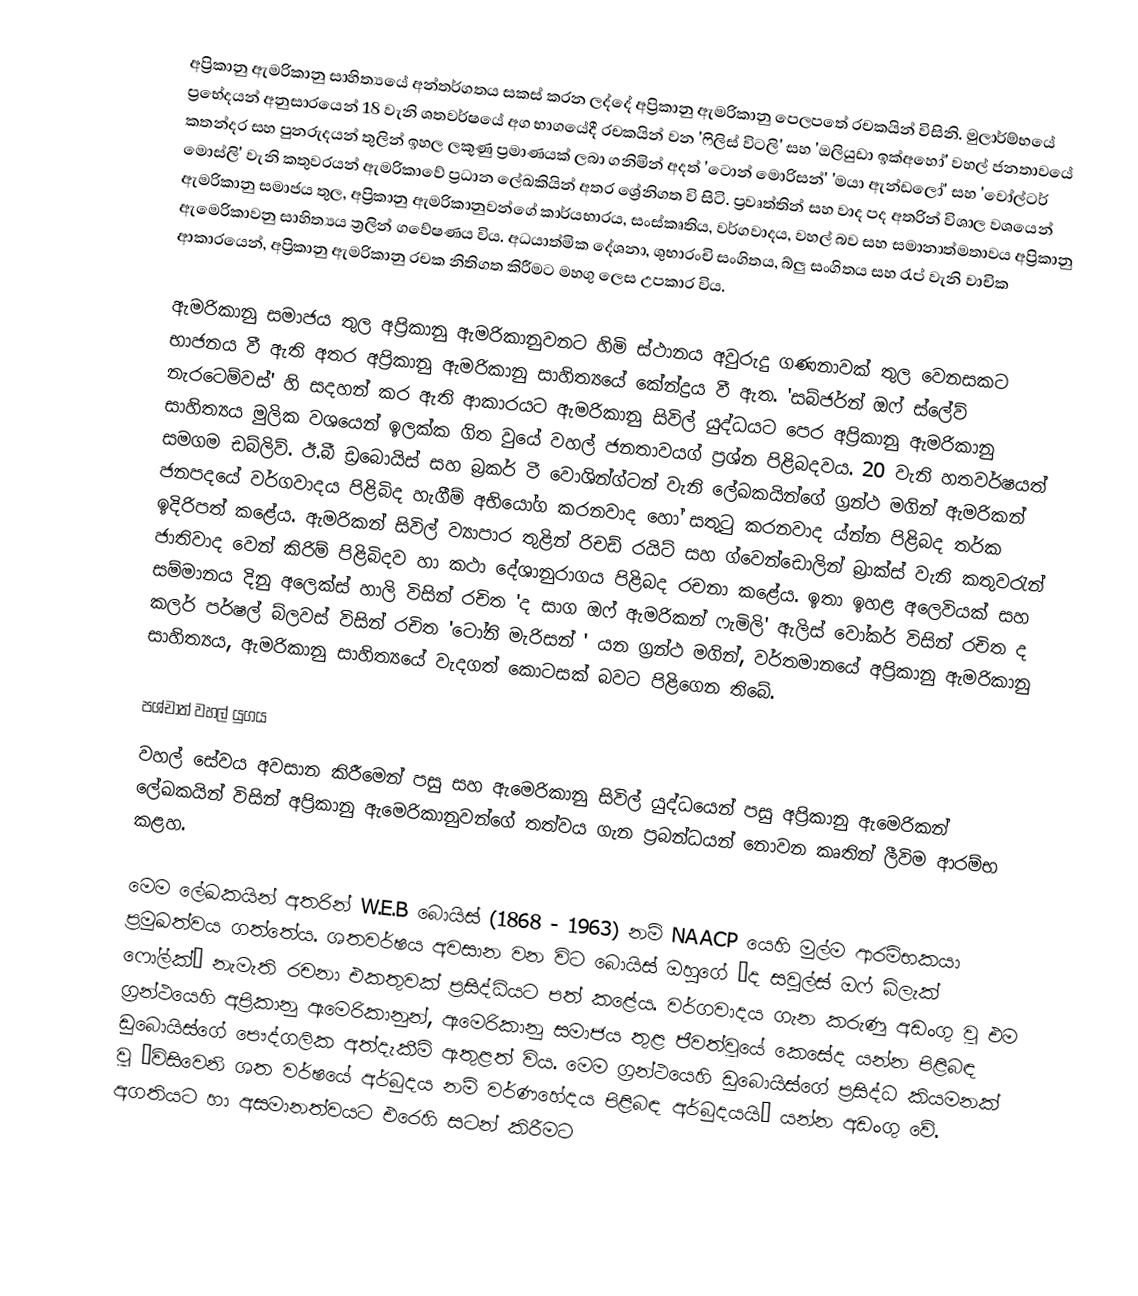
අප්‍රිකානු ඇමරිකානු සාහිත්‍යයේ අන්තර්ගතය සකස් කරන ලද්දේ අප්‍රිකානු ඇමරිකානු පෙලපතේ රචකයින් විසිනි. මුලාර්ම්භයේ ප්‍රභේදයන් අනුසාරයෙන් 18 වැනි ශතවර්ෂයේ අග භාගයේදී රචකයින් වන 'ෆිලිස්  විටලි' සහ 'ඔලියුඩා ඉක්අහෝ' වහල් ජනතාවයේ කතන්දර සහ පුනරුදයන් තුලින් ඉහල ලකුණු ප්‍රමාණයක් ලබා ගනිමින් අදත් 'ටොන් මොරිසන්' ‍'මයා ඇන්‍ඩලෝ' සහ ‍'වෝල්‍ටර් මොස්ලි' වැනි කතුවරයන් ඇමරිකාවේ ප්‍රධාන ලේඛකියින් අතර ශ්‍රේනිගත වි සිටි. ප්‍රවෘත්තින් සහ වාද පද අතරින් විශාල වශයෙන් ඇමරිකානු සමාජය තුල, අප්‍රිකානු ඇමරිකානුවන්ගේ කාර්යභාරය, සංස්කෘතිය, වර්ගවාදය, වහල් බව සහ සමානාත්මතාවය අප්‍රිකානු ඇමෙරිකාවනු සාහිත්‍යය ත්‍රලින් ගවේෂණය විය. අධයාත්මික දේශනා, ශුභාරංචි සංගිතය, බ්ලු සංගිතය සහ රැප් වැනි වාචික ආකාරයෙන්, අප්‍රිකානු ඇමරිකානු රචක නිතිගත කිරීමට මහගු ලෙස උපකාර විය.

	ඇමරිකානු සමාජය තුල අප්‍රිකානු ඇමරිකානුවනට හිමි ස්ථානය අවුරුදු ගණනාවක් තුල වෙනසකට භාජනය වී ඇති අතර අප්‍රිකානු ඇමරිකානු සාහිත්‍යයේ කේන්ද්‍රය වී ඇත. 'සබ්ජර්න් ඔෆ් ස්ලේව් නැරටෙම්වස්' හි සදහන් කර ඇති ආකාරයට ඇමරිකානු සිවිල් යුද්ධයට පෙර අප්‍රිකානු ඇමරි‍කානු සාහිත්‍යය මුලික වශයෙන් ඉලක්ක ගිත වුයේ වහල් ජනතාවයග් ප්‍රශ්න පිළිබදවය. 20 වැනි හතවර්ෂ‍යත් සමගම ඩබ්ලිව්. ඊ.බී ඩ්‍රබොයිස් සහ බ්‍රකර් ටී වොශින්ග්ටන් වැනි ලේඛකයින්ගේ  ග්‍රන්ථ මගින් ඇමරිකන් ජනපදයේ වර්ගවාදය පිළිබිද හැගීම් අභියෝග කරනවාද හෝ සතුටු කරනවාද ය්න්න පිළිබද තර්ක ඉදිරිපත් කළේය. ඇමරිකන් සිවිල් ව්‍යාපාර තුළින් රිචඩ් රයිට්  සහ ග්වෙන්ඩොලින් බ්‍රාක්ස් වැනි කතුවරැන් ජාතිවාද වෙන් කිරිම් පිළිබිදව හා කථා දේශානුරාගය පිළිබද රචනා කළේය. ඉතා ඉහළ අලෙවියක් සහ සම්මානය දිනු අලෙක්ස් හාලි විසින් රචිත 'ද සාග ඔෆ් ඇමරිකන් ෆැමිලි' ඇලිස් වෝකර් විසින් රචිත ද කලර් පර්ෂල් බ්ලවස් විසින් රචිත 'ටෝනි මැරිසන් ' යන ග්‍රන්ථ මගින්, වර්තමානයේ අප්‍රිකානු ඇමරිකානු සාහිත්‍යය, ඇමරිකානු සාහිත්‍යයේ වැදගත් කොටසක් බවට පිළිගෙන තිබේ.

පශ්චාත් වහල් යුගය
වහල් සේවය අවසාන කිරීමෙන් පසු සහ ඇමෙරිකානු සිවිල් යුද්ධයෙන් පසු අප්‍රිකානු ඇමෙරිකන් ලේඛකයින් විසින් අප්‍රිකානු ඇමෙරිකානුවන්ගේ තත්වය ගැන ප්‍රබන්ධයන් නොවන කෘතින් ලීවිම ආරම්භ කළහ.

මෙම ලේඛකයින් අතරින් W.E.B බොයිස් (1868 - 1963) නම් NAACP යෙහි මුල්ම ආරම්භකයා ප්‍රමුඛත්වය ගත්තේය. ශතවර්ෂය අවසාන වන විට බොයිස් ඔහුගේ ‘ද සවුල්ස් ඔෆ් බ්ලැක් ෆෝල්ක්’ නැමැති රචනා එකතුවක් ප්‍රසිද්ධියට පත් කළේය. වර්ගවාදය ගැන කරුණු අඩංගු වූ එම ග්‍රන්ථයෙහි අප්‍රිකානු ඇමෙරිකානුන්, ඇමෙරිකානු සමාජය තුළ ජීවත්වූයේ කෙසේද යන්න පිළිබඳ ඩුබොයිස්ගේ පෞද්ගලික අත්දැකීම් ඇතුළත් විය. මෙම ග්‍රන්ථයෙහි ඩුබොයිස්ගේ ප්‍රසිද්ධ කියමනක් වූ “විසිවෙනි ශත වර්ෂයේ අර්බුදය නම් වර්ණහේදය පිළිබඳ අර්බුදයයි” යන්න අඩංගු වේ. අගතියට හා අසමානත්වයට එරෙහි සටන් කිරීමට